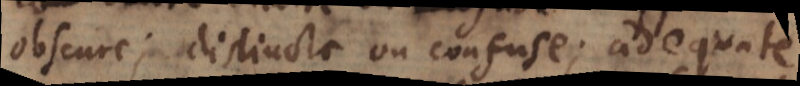
obscure; distincte ou confuse; adequate